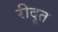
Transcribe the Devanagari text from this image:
रीदूत